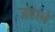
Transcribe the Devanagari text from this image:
जडाने